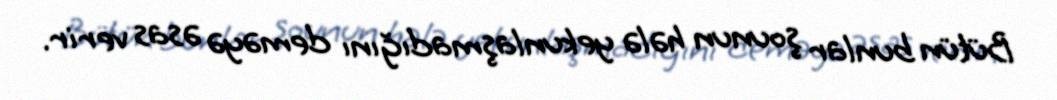
Bütün bunlar şounun hələ yekunlaşmadığını deməyə əsas verir.